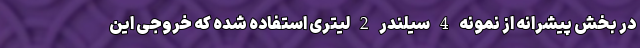
در بخش پیشرانه از نمونه 4 سیلندر 2 لیتری استفاده شده که خروجی این